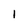
Character: 1